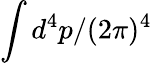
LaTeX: \int d^{4}p/(2\pi)^{4}